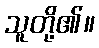
သူတို့၏။